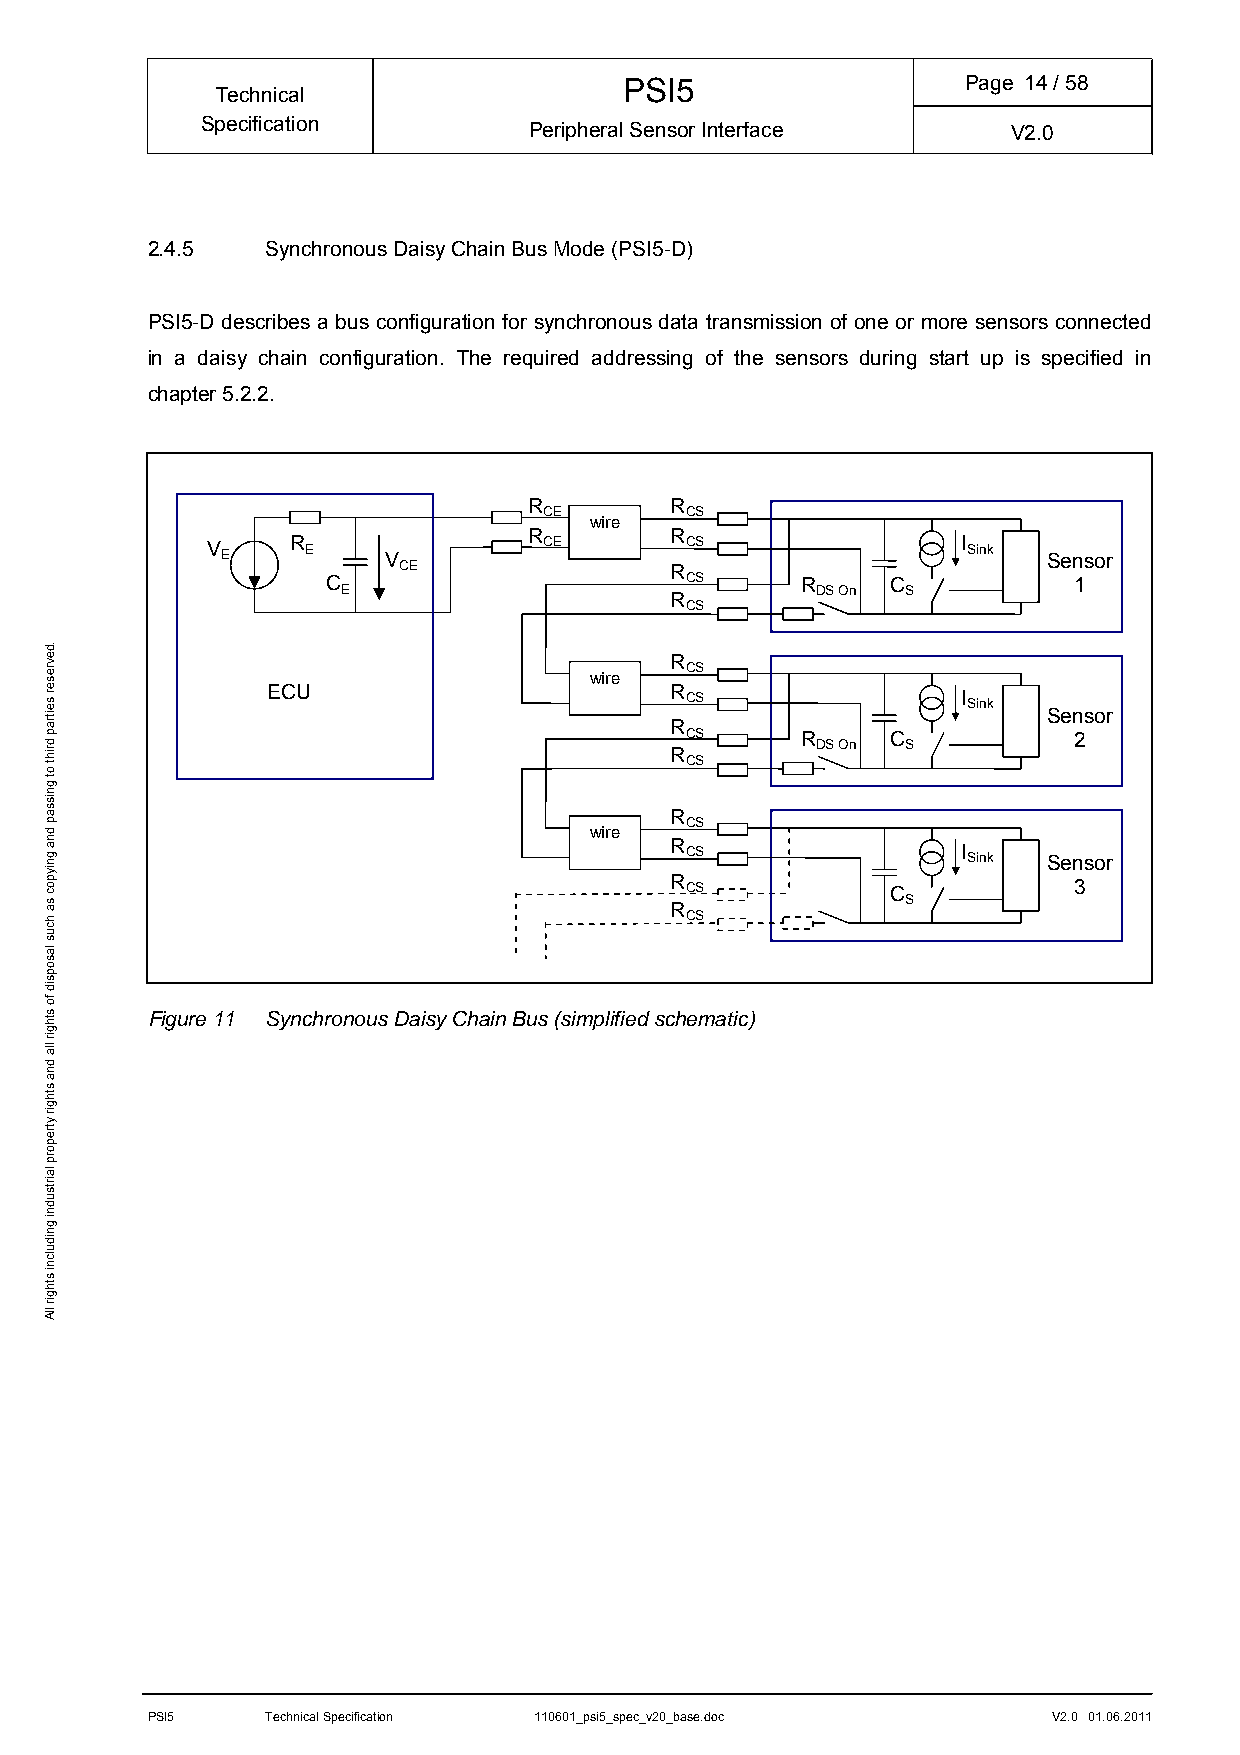
PSI5                   Page 14/ 58
 Technical
 Specification         Peripheral Sensor Interface     V2.0
 2.4.5   Synchronous Daisy Chain Bus Mode (PSI5-D)
 PSI5-D describes a bus configuration for synchronous data transmission of one or more sensors connected
 in a daisy chain configuration. The required addressing of the sensors during start up is specified in
 chapter 5.2.2.
 R        R
 CE       CS
 wire
 R        R
 V E  R E   V          CE       CS                 I Sink Sensor
 CE                R
 C                      CS      R     C           1
 E                    R         DS On S
 CS
 R
 CS
 wire
 ECU                       R CS                I Sink
 Sensor
 R
 CS      R     C           2
 DS On S
 R
 CS
 R
 CS
 wire
 R CS                I Sink Sensor
 R CS           C           3
 S R
 CS
 Figure 11 Synchronous Daisy Chain Bus (simplified schematic)
 PSI5    Technical Specification 110601_psi5_spec_v20_base.doc V2.0 01.06.2011
 .devreser
 seitrap
 driht
 ot
 gnissap
 dna
 gniypoc
 sa
 hcus
 lasopsid
 fo
 sthgir
 lla
 dna
 sthgir
 ytreporp
 lairtsudni
 gnidulcni
 sthgir
 llA